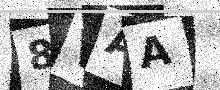
Text: 8VAA